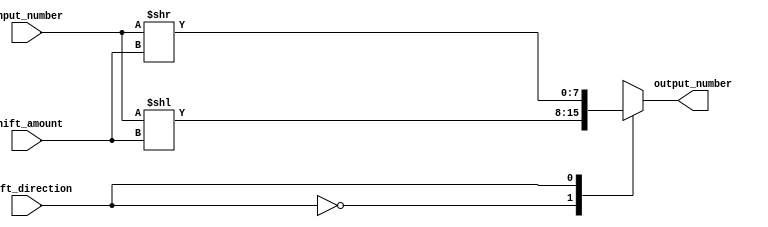
module Barrel_Shifter (
    input [7:0] input_number,
    input [2:0] shift_amount,
    input shift_direction,
    output reg [7:0] output_number
);

always @(*) begin
    case(shift_direction)
        0: output_number = input_number << shift_amount;
        1: output_number = input_number >> shift_amount;
        default: output_number = 8'b0;
    endcase
end

endmodule